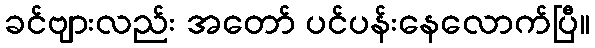
ခင်ဗျားလည်း အတော် ပင်ပန်းနေလောက်ပြီ။